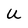
Character: U